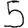
Digit: 5